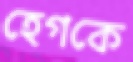
হেগকে